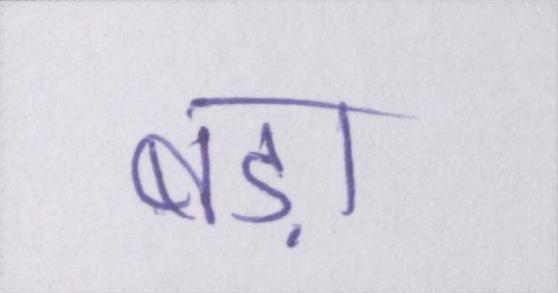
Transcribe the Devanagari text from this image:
बड़ा